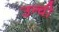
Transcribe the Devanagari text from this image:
उन्ची